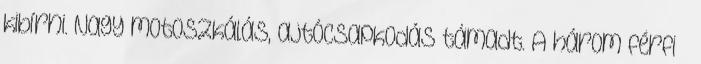
kibírni. Nagy motoszkálás, ajtócsapkodás támadt. A három férfi –